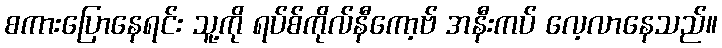
စကားပြောနေရင်း သူ့ကို ရပ်စ်ကိုလ်နီကော့ဗ် အနီးကပ် လေ့လာနေသည်။